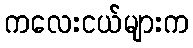
ကလေးငယ်များက